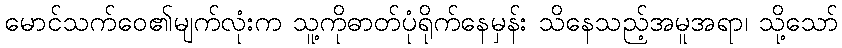
မောင်သက်ဝေ၏မျက်လုံးက သူ့ကိုဓာတ်ပုံရိုက်နေမှန်း သိနေသည့်အမူအရာ၊ သို့သော်